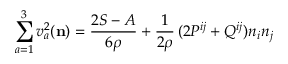
\sum _ { a = 1 } ^ { 3 } v _ { a } ^ { 2 } ( { \mathbf { n } } ) = \frac { 2 S - A } { 6 \rho } + \frac 1 { 2 \rho } \, ( 2 P ^ { i j } + Q ^ { i j } ) n _ { i } n _ { j }